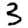
Digit: 3